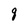
Character: g